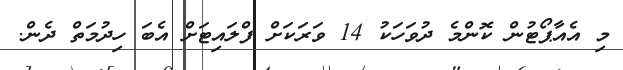
މި އެއާޕޯޓުން ކޮންމެ ދުވަހަކު 14 ވަރަކަށް ފްލައިޓަށް އެބަ ހިދުމަތް ދެން.